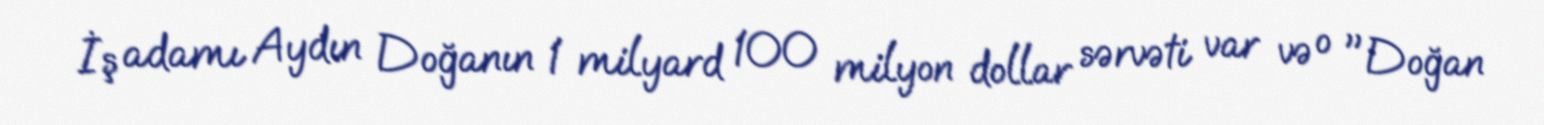
İş adamı Aydın Doğanın 1 milyard 100 milyon dollar sərvəti var və o "Doğan